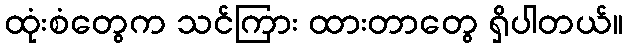
ထုံးစံတွေက သင်ကြား ထားတာတွေ ရှိပါတယ်။